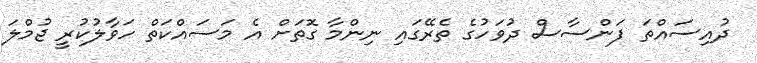
ދުއިސައްތަ ފަންސާސް ދުވަހުގެ ތެރޭގައި ނިންމާ ގޮތަށް އެ މަސައްކަތް ހަވާލުކުރީ ޖުމްލަ